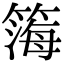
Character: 𬕧